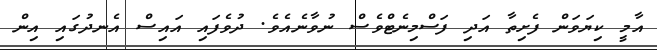
އާމީ ކިޔަވަން ފެށިތާ އަދި ފަސްމިނެޓްވެސް ނުވާނެއެވެ. ދުވެފައި އައިސް އެނދުގައި އިން